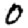
Digit: 0